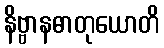
နိဗ္ဗာနဓာတုယောတိ